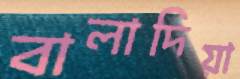
বালাদিয়া